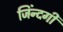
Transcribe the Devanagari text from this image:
जिंन्दगी